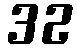
32